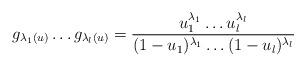
LaTeX: \begin{align*}g_{\lambda_1(u)}\dots g_{\lambda_l(u)}= \frac{u_1^{\lambda_1}\dots u_l^{\lambda_l}}{(1-u_1)^{\lambda_1}\dots (1-u_l)^{\lambda_l}}\end{align*}